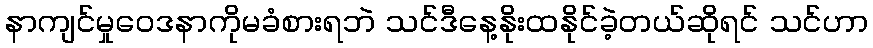
နာကျင်မှုဝေဒနာကိုမခံစားရဘဲ သင်ဒီနေ့နိုးထနိုင်ခဲ့တယ်ဆိုရင် သင်ဟာ